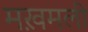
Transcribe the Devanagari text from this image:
मख़मली